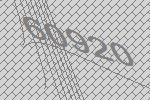
60920